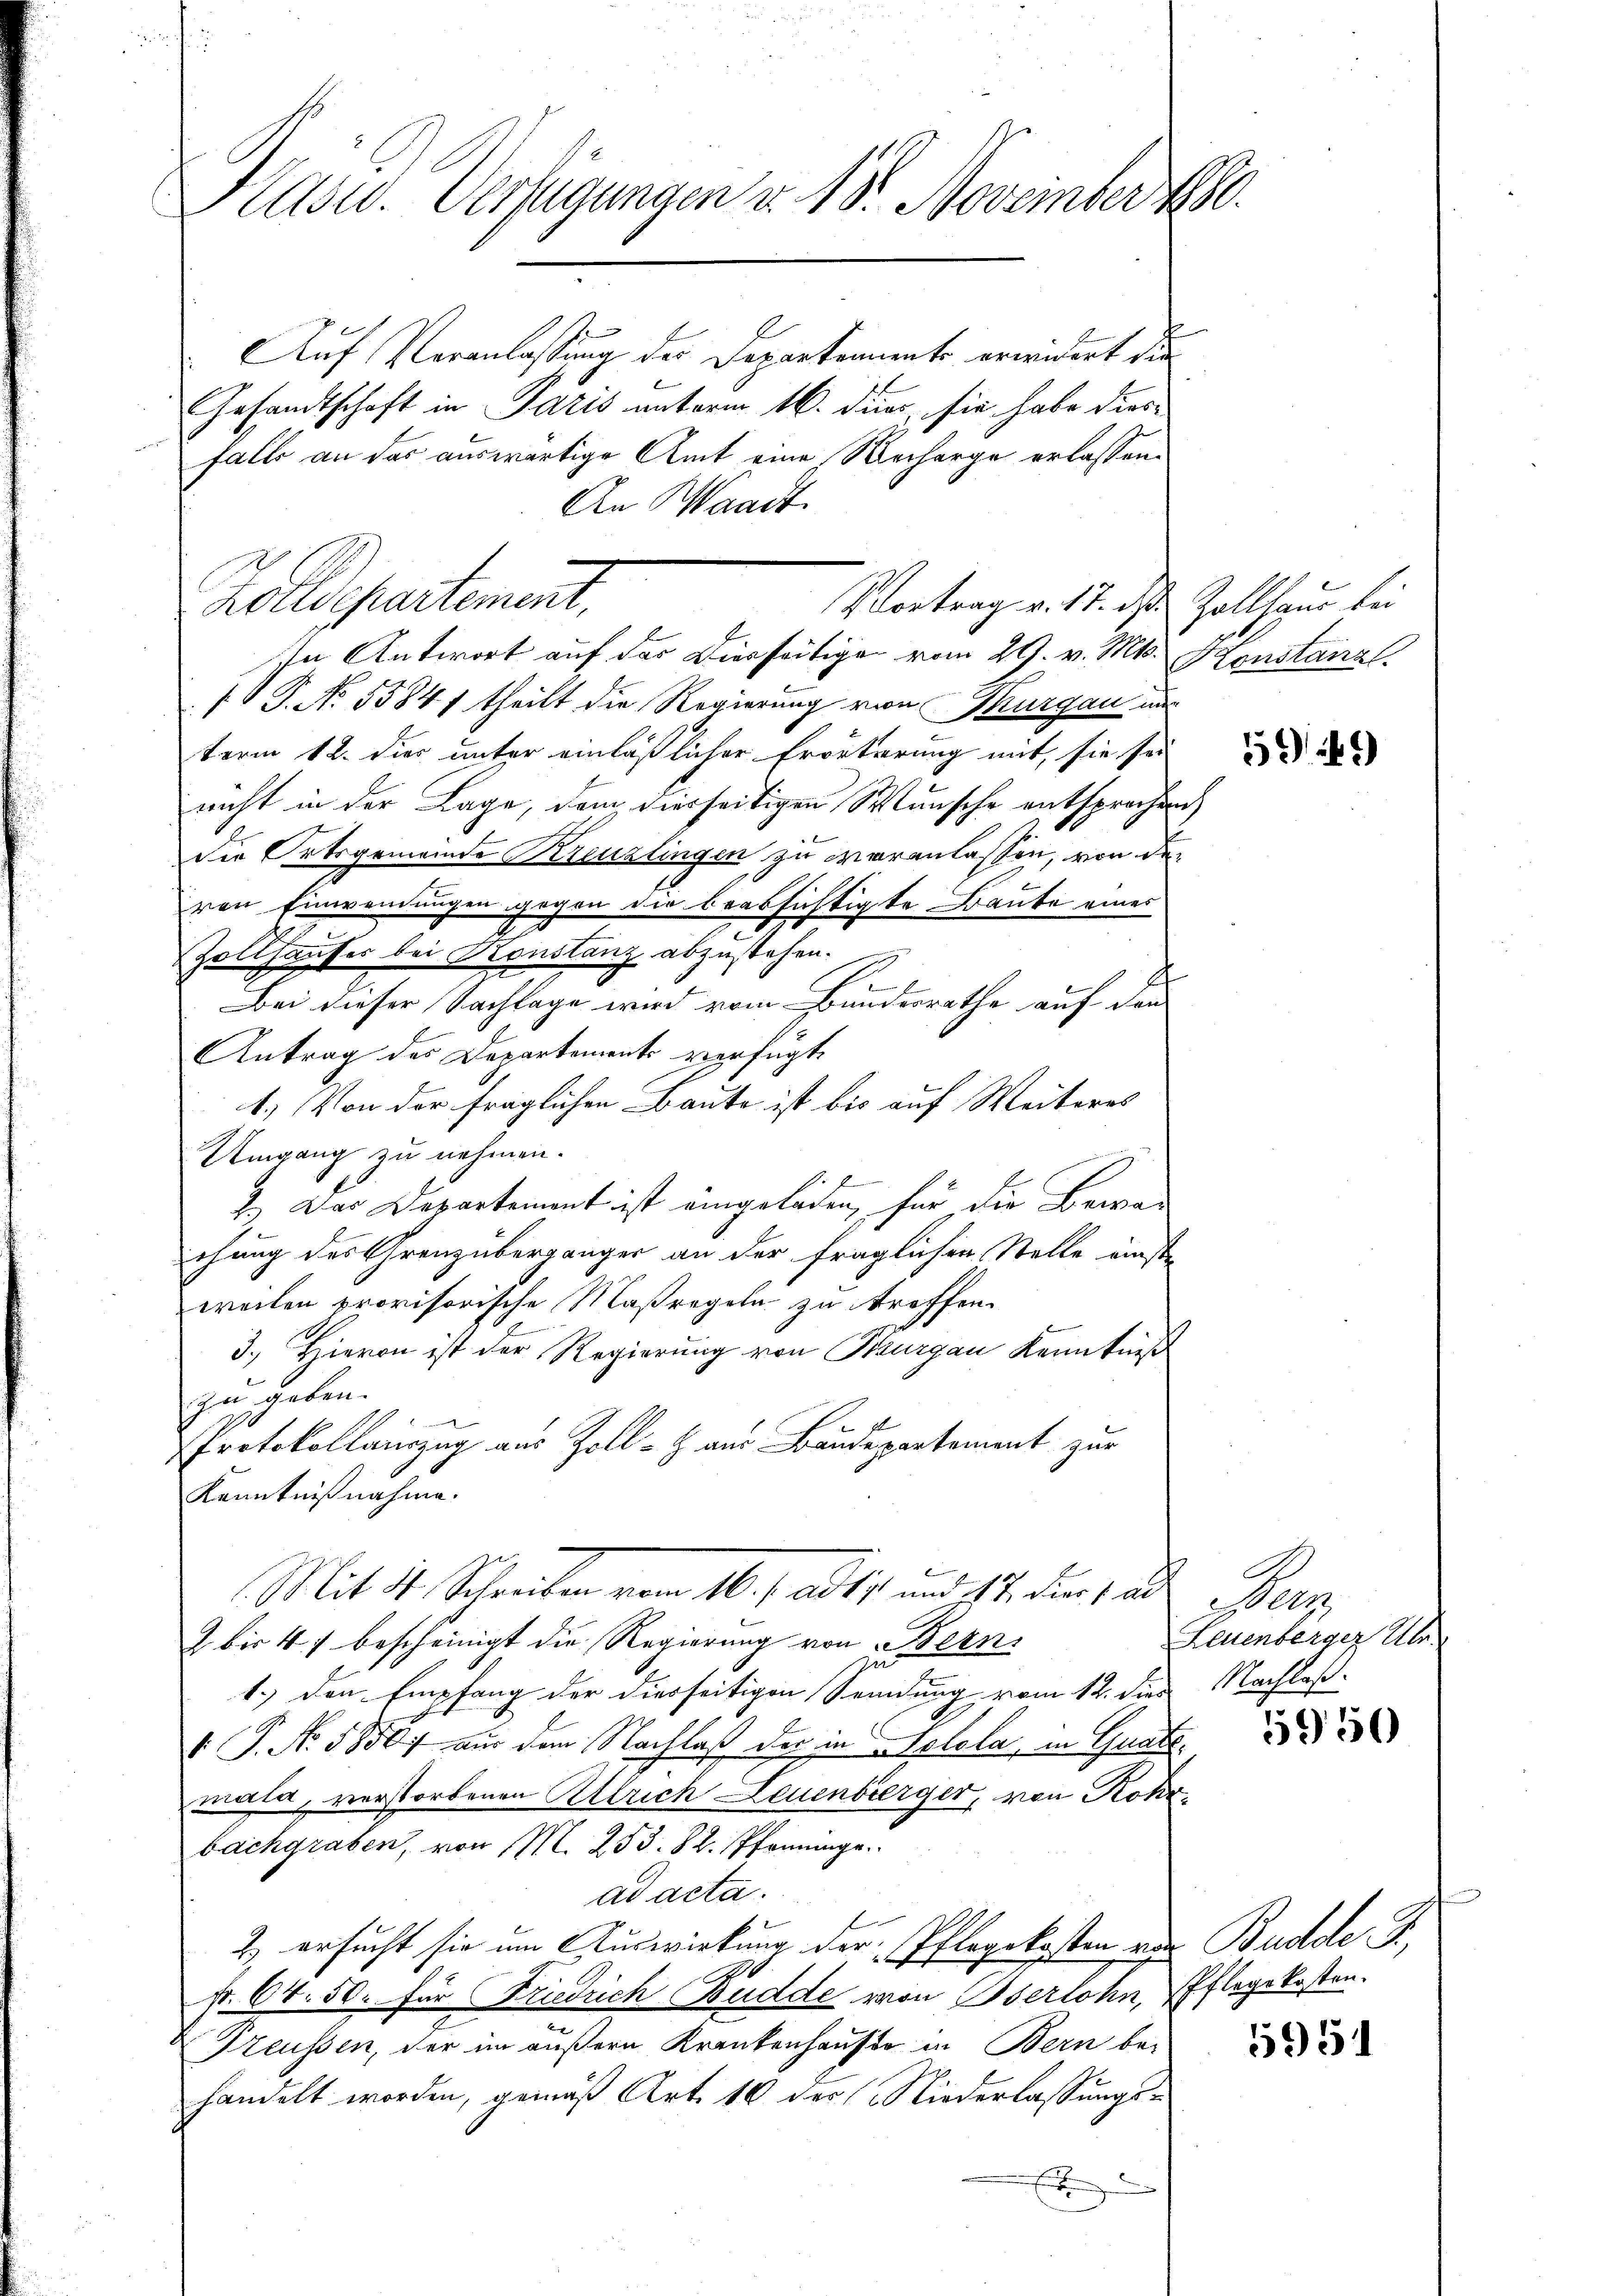
Kasu. Verfügungen v. 18. November 1890.

Auf Veranlassung des Departements erwidert die
Gesandtschaft in Paris unterm 16. dies, sie habe dies
falls an das auswärtige Amt eine Recharge erlassen.
An Waadt.
 P. No. 55841 theilt die Regierung von Thurgau un
term 12. dies unter einläßlicher Erörterung mit, sie sei
nicht in der Lage, dem diesseitigen Wunsche entsprochen
die Ortsgemeinde Kreuzlingen zu veranlassen, von den
ven Einwendungen gegen die beabsichtigte Baute eines
.
Zollhauses bei Konstanz abzustehen.
l
Bei dieser Sachlage wird vom Bundesrathe auf den
Antrag des Departements verfügt
1.) Von der fraglichen Baute ist bis auf Weiteres
Umgang zu nehmen.
2.) Das Departement ist eingeladen, für die Bewan
chung des Grenz übergänger an der fraglichen Stelle einste
weilen provisorische Maßregeln zu treffen.
3.) Hievon ist der Regierung von Thurgau Kenntniß
zu geben.
Protokollinzug aus Zoll - aus Baudepartement zur
Kenntnißnahme.
Mit 14. Schreiben vom 16. f. ad 17. und 118. der 1. d. Bern
Z bis 47 bescheinigt die Regierung von Bern,
zu
1.) Den Empfang der diesseitigen Sendung vom 12. dies Nachlaß
 P. No. 5850f aus dem Nachlaß der in Halola, in Gnademala, verstorbenen Allrich Leuenberger, von Rohrbachgraben, von M. 253. 82. Pfenninge
ad acta.
2) ersucht sie um Auswirkung der Pflegekosten von Budde F
p. 64. 50. für Friedrich Budde von Oserlohn, Pflegekosten.
Preussen, der im äußern Krankenhause in Bern be-
handelt worden, gemäß Art. 16 der Niederlassungs-
E

Zolldepartement,
Vortrag v. 17. ds. Zollhaus bei
In Antwort auf der Dierseitige vom 29. v. Mts. Konstanzl

1249)

Leuenberger Über

5950

5951